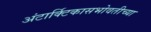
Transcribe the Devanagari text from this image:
अंटार्क्टिकासभोवतीच्या